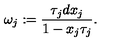
\omega _ { j } : = \frac { \tau _ { j } d x _ { j } } { 1 - x _ { j } \tau _ { j } } .